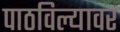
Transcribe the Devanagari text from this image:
पाठविल्यावर